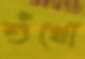
শুঁখো